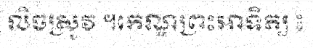
លិចស្រូវ ។កេណ្ឌព្រះអាទិត្យ ៖